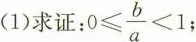
(1)求证： $$0 \leqslant \frac{b}{a}<1$$;